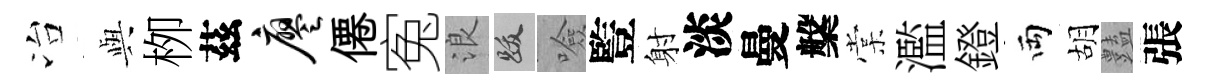
冶𫤰栁茲廖僊寃浪跋噞䜿射淡曼槃棠濫鐙両胡𧰟張